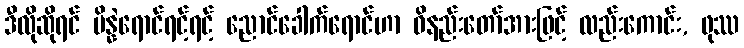
ဒီလိုဆိုရင် ပိန္နဲရောင်ရင့်ရင့် ညောင်ခေါက်ရောင်ဟာ ဝိနည်းတော်အားဖြင့် လည်းကောင်း, ဖုဿ